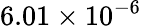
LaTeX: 6.01\times 10^{-6}